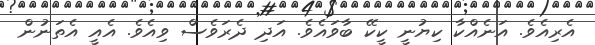
އެރިއެވެ. އަނެއްކާ ކިޔުނީ ކީކޭ ބާވައެވެ. އަދި ދެރަވެސް ވިއެވެ. އެއީ އެތަނުން